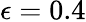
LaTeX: \epsilon=0.4